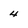
Character: 4